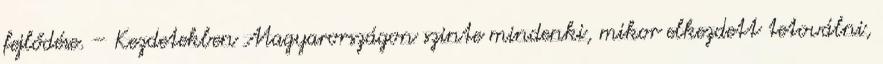
fejlődése. – Kezdetekben Magyarországon szinte mindenki, mikor elkezdett tetoválni,